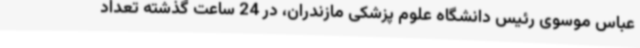
عباس موسوی رئیس دانشگاه علوم پزشکی مازندران، در 24 ساعت گذشته تعداد